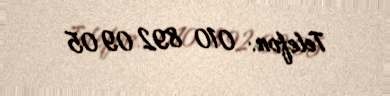
Telefon: 010 892 09 05